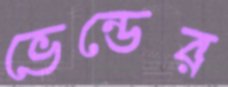
ভেন্ডের